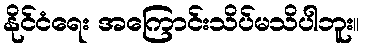
နိုင်ငံရေး အကြောင်းသိပ်မသိပါဘူး။